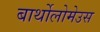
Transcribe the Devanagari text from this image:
बार्थोलोमेउस